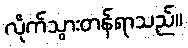
လိုက်သွားတန်ရာသည်။